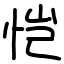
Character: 恺